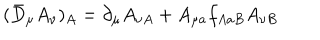
LaTeX: ( \bar { D } _ { \mu } A _ { \nu } ) _ { A } = \partial _ { \mu } A _ { \nu A } + A _ { \mu a } f _ { A a B } A _ { \nu B }